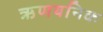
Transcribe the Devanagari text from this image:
ऋणयनिक